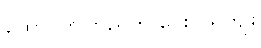
ထောပတ်ကြည်ကို ပေးလှူရကျိုး